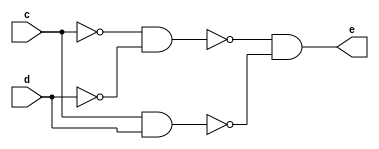
module nand_xor(output e,input c,d);
wire m,n,s,t,p;
nand g1(m,c);
nand g2(n,d);
nand g3(s,m,n);
nand g4(t,c,d);
nand g5(p,s,t);
nand out(e,p);
endmodule